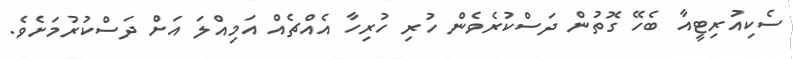
ސެކިއުރިޓީއާ ބެހޭ ގޮތުން ދަސްކުރެވެން ހުރި ހުރިހާ އެއްޗެއް އަމިއްލަ އަށް ދަސްކުރުމަށެވެ.